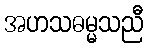
အဟသဓမ္မသညီ